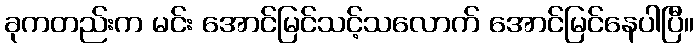
ခုကတည်းက မင်း အောင်မြင်သင့်သလောက် အောင်မြင်နေပါပြီ။